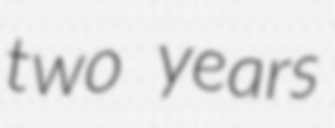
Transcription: two years